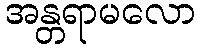
အန္တရာမလော